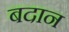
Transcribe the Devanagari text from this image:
बदान